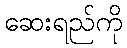
ဆေးရည်ကို